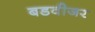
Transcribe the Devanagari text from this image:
बडवीजर